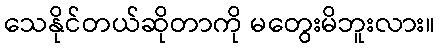
သေနိုင်တယ်ဆိုတာကို မတွေးမိဘူးလား။